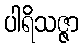
ပါရိသဇ္ဇာ